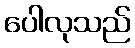
ပေါလုသည်